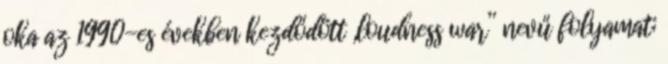
oka az 1990-es években kezdődött „loudness war” nevű folyamat;